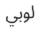
لوبي